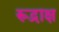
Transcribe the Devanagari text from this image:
रूद्राक्ष